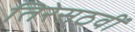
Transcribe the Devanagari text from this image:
तिरेसठवीं